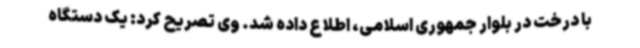
با درخت در بلوار جمهوری اسلامی، اطلاع داده شد. وی تصریح کرد: یک دستگاه